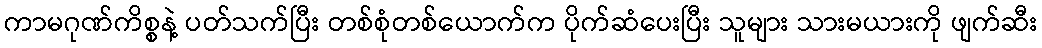
ကာမဂုဏ်ကိစ္စနဲ့ ပတ်သက်ပြီး တစ်စုံတစ်ယောက်က ပိုက်ဆံပေးပြီး သူများ သားမယားကို ဖျက်ဆီး